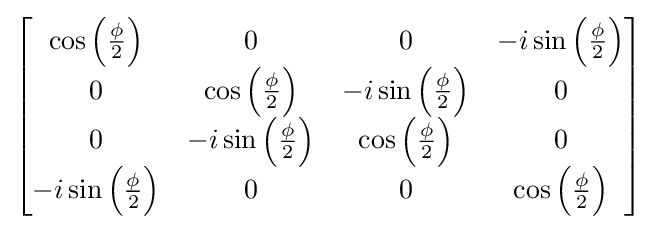
{\begin{bmatrix}\cos \left({\frac {\phi }{2}}\right)&0&0&-i\sin \left({\frac {\phi }{2}}\right)\\0&\cos \left({\frac {\phi }{2}}\right)&-i\sin \left({\frac {\phi }{2}}\right)&0\\0&-i\sin \left({\frac {\phi }{2}}\right)&\cos \left({\frac {\phi }{2}}\right)&0\\-i\sin \left({\frac {\phi }{2}}\right)&0&0&\cos \left({\frac {\phi }{2}}\right)\\\end{bmatrix}}